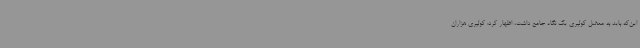
این‌که باید به معضل کولبری یک نگاه جامع داشت، اظهار کرد: کولبری هزاران